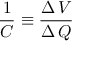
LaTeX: { \frac { 1 } { C } } \equiv { \frac { \Delta \, V } { \Delta \, Q } }